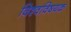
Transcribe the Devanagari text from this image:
विश्वविषयक